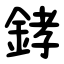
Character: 﨧